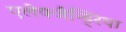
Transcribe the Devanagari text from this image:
एलेक्जैन्ड्रिया